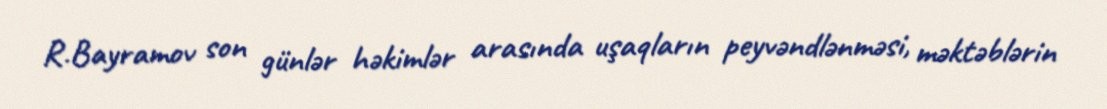
R.Bayramov son günlər həkimlər arasında uşaqların peyvəndlənməsi, məktəblərin